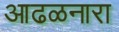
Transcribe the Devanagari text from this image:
आढळनारा